Insane asylums in Bengal annual reports 1876-1887 - 1876-1887
Year: 1876
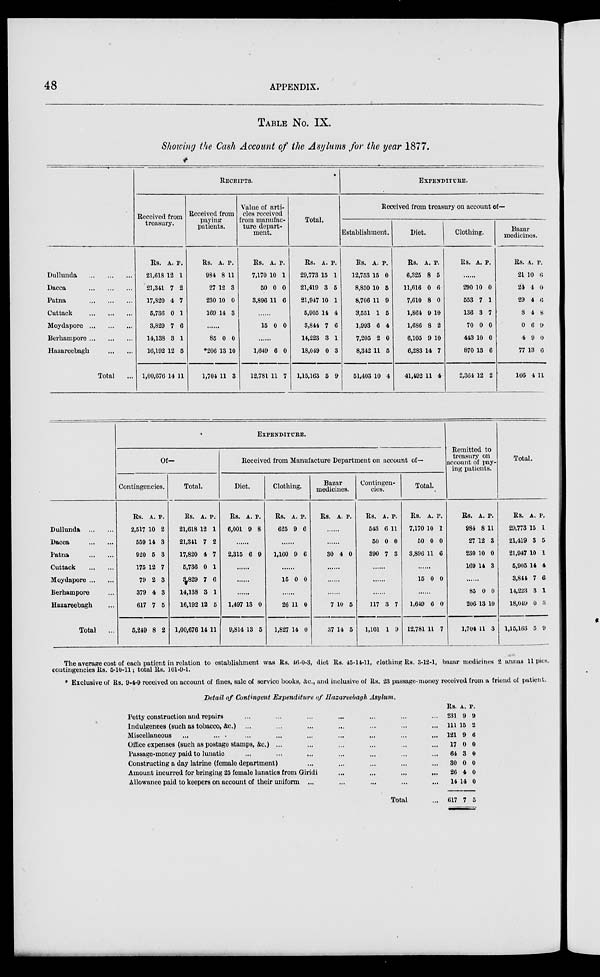
48
APPENDIX.
TABLE No. IX.
Showing the Cash Account of the Asylums for the year 1877.
Dullunda
...
...
...
Dacca
...
...
...
Patna
...
...
...
Cuttack
...
...
...
Moydapore
...
...
...
Berhampore ... ... ...
Hazareebagh
...
...
Total ...
RECEIPTS.
Received from
treasury.
Rs.
21,618
21,341
17,820
5,736
3,829
14,138
16,192
1,00,676
A.
12
7
4
0
7
3
12
14
P.
1
2
7
1
6
1
5
11
Received from
paying
patients.
Rs.
984
27
230
169
A.
8
12
10
14
P.
11
3
0
3
......
85
*206
1,704
0
13
11
0
10
3
Value of arti-
cles received
from manufac-
ture depart-
ment.
Rs.
7,170
50
3,896
A.
10
0
11
P.
1
0
6
......
15 0 0
......
1,649
12,781
6
11
0
7
Total.
Rs.
29,773
21,419
21,947
5,905
3,844
14,223
18,049
1,15,163
A.
15
3
10
14
7
3
0
5
P.
1
5
1
4
6
1
3
9
EXPENDITURE.
Received from treasury on account of—
Establishment.
Rs.
12,753
8,850
8,706
3,551
1,993
7,205
8,342
51,403
A.
15
10
11
1
6
2
11
10
P.
0
5
9
5
4
0
5
4
Diet.
Rs.
6,325
11,616
7,610
1,864
1,686
6,105
6,283
41,492
A.
8
0
8
9
8
9
14
11
P.
5
6
0
10
2
10
7
4
Clothing.
Rs. A. P.
......
290
553
136
70
443
870
2,364
10
7
3
0
10
13
12
0
1
7
0
0
6
2
Bazar
medicines.
Rs.
21
24
29
8
0
4
77
166
A.
10
4
4
4
6
9
13
4
P.
6
0
6
8
9
0
6
11
Dullunda
...
...
Dacca
...
...
Patna
...
...
Cuttack
...
...
Moydapore ... ...
Berhampore ...
Hazareebagh ...
Total ...
EXPENDITURE.
Of—
Contingencies.
Rs.
2,517
559
920
175
79
379
617
5,249
A.
10
14
5
12
2
4
7
8
P.
2
3
3
7
3
3
5
2
Total.
Rs.
21,618
21,341
17,820
5,736
3,829
14,138
16,192
1,00,676
A.
12
7
4
0
7
3
12
14
P.
1
2
7
1
6
1
5
11
Received from Manufacture Department on account of—
Diet.
Rs.
6,001
A.
9
P.
8
......
2,315 6 9
......
......
......
1,497
9,814
13
13
0
5
Clothing.
Rs.
625
A.
9
P.
6
......
1,160 9 6
......
15 0 0
......
26
1,827
11
14
0
0
Bazar
medicines.
Rs. A. P.
......
......
30 4 0
......
......
......
7
37
10
14
5
5
Contingen-
cies.
Rs.
543
50
390
A.
6
0
7
P.
11
0
3
......
......
......
117
1,101
3
1
7
9
Total.
Rs.
7,170
50
3,896
A.
10
0
11
P.
1
0
6
......
15 0 0
......
1,649
12,781
6
11
0
7
Remitted to
treasury on
account of pay-
ing patients.
Rs.
984
27
230
169
A.
8
12
10
14
P.
11
3
0
3
......
85
206
1,704
0
13
11
0
10
3
Total.
Rs.
29,773
21,419
21,947
5,905
3,844
14,223
18,049
1,15,163
A.
15
3
10
14
7
3
0
5
P.
1
5
1
4
6
1
3
9
The average cost of each patient in relation to establishment was Rs. 46-0-3, diet Rs. 45-14-11, clothing Rs. 3-12-1, bazar medicines 2 annas 11 pies,
contingencies Rs. 5-10-11; total Rs. 101-9-1.
* Exclusive of Rs. 9-4-9 received on account of fines, sale of service books, &c., and inclusive of Rs. 23 passage-money received from a friend of patient.
Detail of Contingent Expenditure of Hazareebagh Asylum.
Petty construction and repairs ... ... ... ... ... ... ...
Indulgences (such as tobacco, &c.) ... ... ... ... ... ... ...
Miscellaneous
...
...
...
...
...
...
...
...
...
Office expenses (such as postage stamps, &c.) ... ... ... ... ... ...
Passage-money paid to lunatic ... ... ... ... ... ... ...
Constructing a day latrine (female department) ... ... ... ... ...
Amount incurred for bringing 25 female lunatics from Giridi ... ... ... ...
Allowance paid to keepers on account of their uniform ... ... ... ... ...
Total ...
Rs.
231
111
121
17
64
30
26
14
617
A.
9
15
9
0
3
0
4
14
7
P.
9
2
6
0
0
0
0
0
5